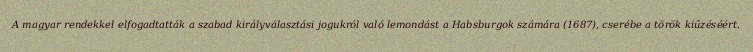
A magyar rendekkel elfogadtatták a szabad királyválasztási jogukról való lemondást a Habsburgok számára (1687), cserébe a török kiűzéséért.